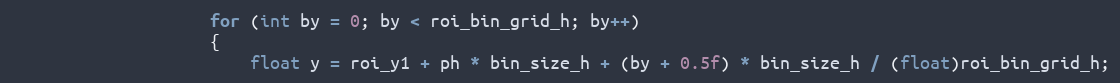
Language: C++
                    for (int by = 0; by < roi_bin_grid_h; by++)
                    {
                        float y = roi_y1 + ph * bin_size_h + (by + 0.5f) * bin_size_h / (float)roi_bin_grid_h;